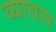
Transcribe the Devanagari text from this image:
व्यावस